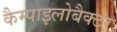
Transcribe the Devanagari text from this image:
कैम्पाइलोबैक्टर